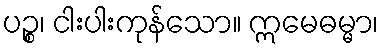
ပဉ္စ၊ ငါးပါးကုန်သော။ ဣမေဓမ္မာ၊